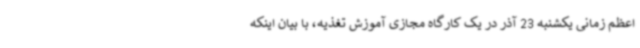
اعظم زمانی یکشنبه 23 آذر در یک کارگاه مجازی آموزش تغذیه، با بیان اینکه